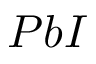
P b I